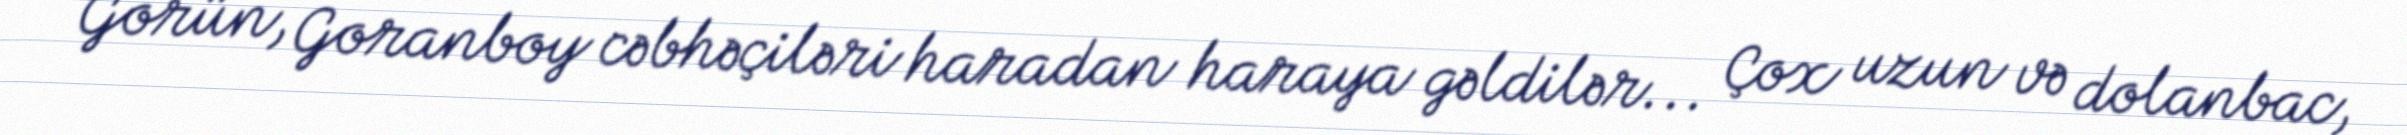
Görün, Goranboy cəbhəçiləri haradan haraya gəldilər... Çox uzun və dolanbac,